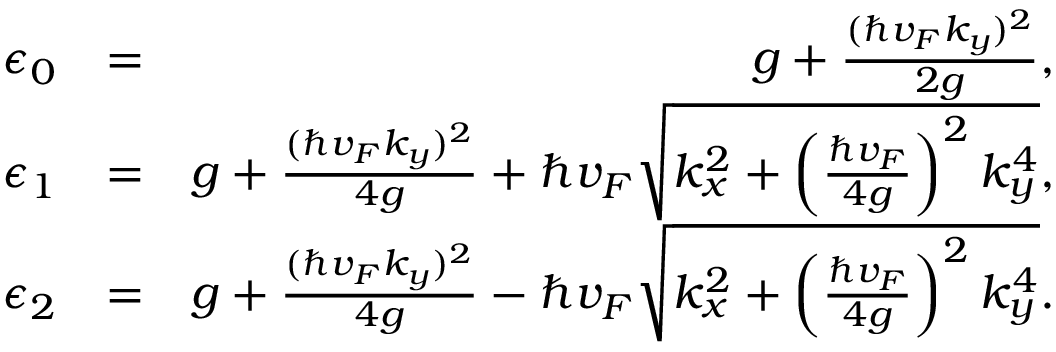
\begin{array} { r l r } { \epsilon _ { 0 } } & { = } & { g + \frac { ( \hbar v _ { F } k _ { y } ) ^ { 2 } } { 2 g } , } \\ { \epsilon _ { 1 } } & { = } & { g + \frac { ( \hbar v _ { F } k _ { y } ) ^ { 2 } } { 4 g } + \hbar v _ { F } \sqrt { k _ { x } ^ { 2 } + \left( \frac { \hbar v _ { F } } { 4 g } \right) ^ { 2 } k _ { y } ^ { 4 } } , } \\ { \epsilon _ { 2 } } & { = } & { g + \frac { ( \hbar v _ { F } k _ { y } ) ^ { 2 } } { 4 g } - \hbar v _ { F } \sqrt { k _ { x } ^ { 2 } + \left( \frac { \hbar v _ { F } } { 4 g } \right) ^ { 2 } k _ { y } ^ { 4 } } . } \end{array}